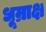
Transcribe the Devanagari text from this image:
धूम्राक्ष